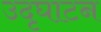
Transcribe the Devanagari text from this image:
उदृघाटन